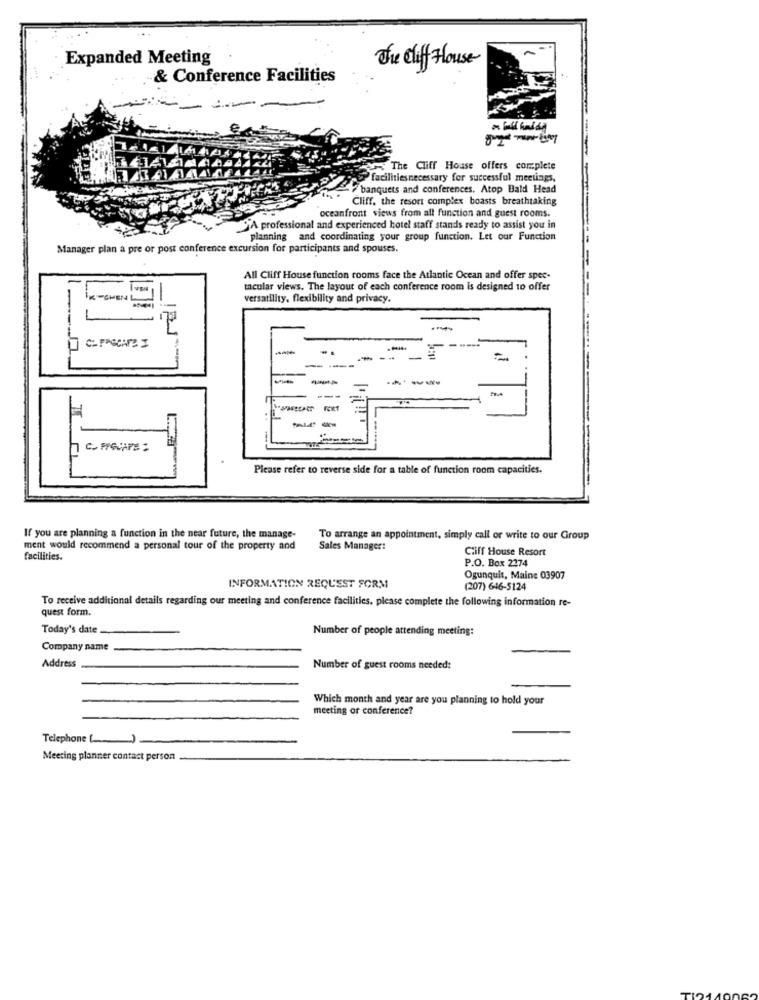
Expanded Meeting
The Cliff House
. & Conference Facilities
--
4.141
The Cliff House offers complete
facilitiesnecessary for successful meetings,
banquets and conferences. Atop Bald Head
Cliff. the resort complex boasts breathtaking
oceanfront views from all function and guest rooms.
SA professional and experienced hotel staff stands ready to assist you in
planning and coordinating your group function. Let our Function
Manager plan a pre or post conference excursion for participants and spouses.
All Cliff House function rooms face the Atlantic Ocean and offer spec-
tacular views. The layout of each conference room is designed to offer
versatility, flexibility and privacy.
--.
C- PPSCATE I
=
-----
---
CO FIGUAPE :
Please refer to reverse side for a table of function room capacities.
If you are planning a function in the near future, the manage-
To arrange an appointment, simply call or write to our Group
ment would recommend a personal tour of the property and
Sales Manager:
Cliff House Resort
facilities.
P.O. Box 2174
Ogunquit, Maine 03907
INFORMATION REQUEST FORM
(207) 646-5124
To receive additional details regarding our meeting and conference facilities, please complete the following information re-
quest form.
Today's date
Number of people attending meeting:
Company name
Address
Number of guest rooms needed:
Which month and year are you planning to hold your
meeting or conference?
Telephone( )
Meering planner contact person